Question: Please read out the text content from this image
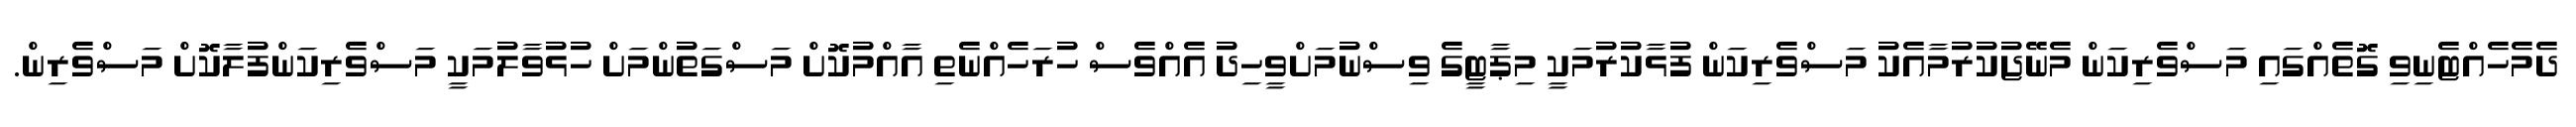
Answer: ދެމެހެއްޓެނިވި ގޮތެއްގައި މަސްވެރިކަން މެނޭޖުކުރުމާއެކު މަސްވެރިކަން ފުޅާކުރުމަކީ މިޕާޓީގެ ވިސްނުމަށްވީހިދު އެއްވެސް ހުރަހެއްނެތި އާއްމުކޮށް މަސްގަތުންމަށް ހުޅުވާލުމަކީ މަސްވެރިކަންފުލާކޮށް މަސްވެރިން.